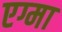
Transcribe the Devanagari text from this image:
एग्मा